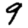
Digit: 9